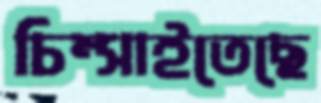
চিম্‌সাইতেছে